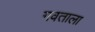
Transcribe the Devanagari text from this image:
गवताला